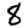
Digit: 8